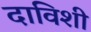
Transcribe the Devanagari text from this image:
दाविशी